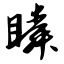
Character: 瞬